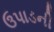
ઉપાડની